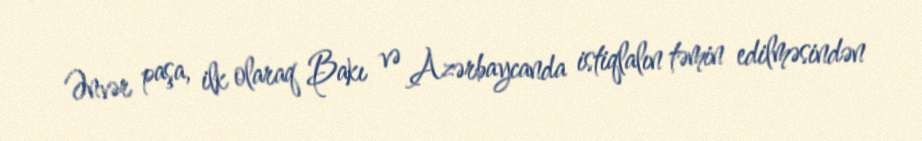
Ənvər paşa, ilk olaraq Bakı və Azərbaycanda istiqlalın təmin edilməsindən